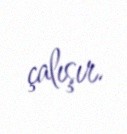
çalışır.